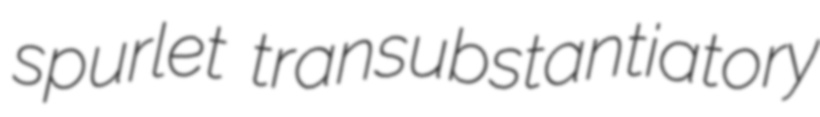
spurlet transubstantiatory